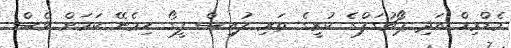
މެޑްރިޑް އަދި ޕޯޗުގަލްގެ ކުރީގެ ތަރި ލުއިސް ފީގޯ ހިމެނޭ ކަމަށް ވެސް